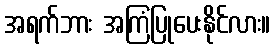
အရက်ဘား အကြံပြုပေးနိုင်လား။